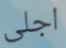
اجلى